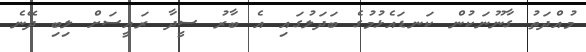
މުއްދަތު ގާނޫނަކުން ކަނޑައެޅުމުގެ ބަދަލުގައި އެ ބާރު ސީދާ ރައީސަށް ލިބި ދޭނެ